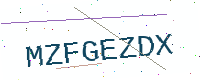
Text: MZFGEZDX